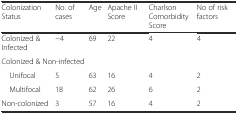
<table><thead><tr><td><b>Colonization Status</b></td><td><b>No. of cases</b></td><td><b>Age</b></td><td><b>Apache II Score</b></td><td><b>Charlson Comorbidity Score</b></td><td><b>No of risk factors</b></td></tr></thead><tbody><tr><td>Colonized &amp; Infected</td><td>−4</td><td>69</td><td>22</td><td>4</td><td>4</td></tr><tr><td colspan="6">Colonized &amp; Non-infected</td></tr><tr><td> Unifocal</td><td>5</td><td>63</td><td>16</td><td>4</td><td>2</td></tr><tr><td> Multifocal</td><td>18</td><td>62</td><td>26</td><td>6</td><td>2</td></tr><tr><td>Non-colonized</td><td>3</td><td>57</td><td>16</td><td>4</td><td>2</td></tr></tbody></table>